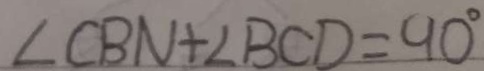
\angle C B N + \angle B C D = 9 0 ^ { \circ }